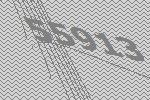
55913